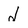
Character: d